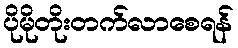
ပိုမိုတိုးတက်လာစေရန်